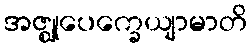
အဇ္ဈုပေက္ခေယျာမာတိ